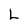
Character: L